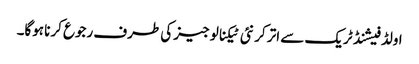
اولڈ فیشنڈ ٹریک سے اتر کر نئی ٹیکنالوجیز کی طرف رجوع کرنا ہوگا۔